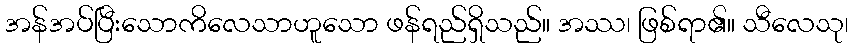
အန်အပ်ပြီးသောကိလေသာဟူသော ဖန်ရည်ရှိသည်။ အဿ၊ ဖြစ်ရာ၏။ သီလေသု၊